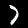
Digit: 7